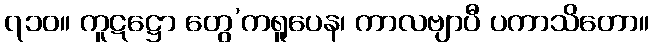
၇၁၀။ ကူဋဋ္ဌော တွေ’ကရူပေန၊ ကာလဗျာပီ ပကာသိတော။